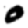
Digit: 0